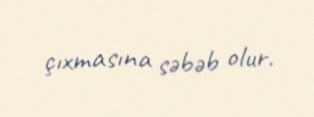
çıxmasına səbəb olur.